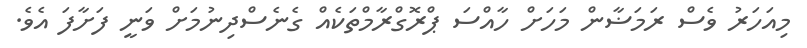
މިއަހަރު ވެސް ރަމަޟާން މަހަށް ހާއްސަ ޕްރޮގްރާމްތަކެއް ގެނެސްދިނުމަށް ވަނީ ފަށާފަ އެވެ.